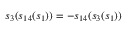
s _ { 3 } ( s _ { 1 4 } ( s _ { 1 } ) ) = - s _ { 1 4 } ( s _ { 3 } ( s _ { 1 } ) )